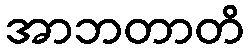
အာဘတာတိ